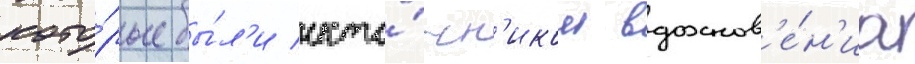
кото́рые бы́л'и исто́чн'иком вдохнов'е́н'иа